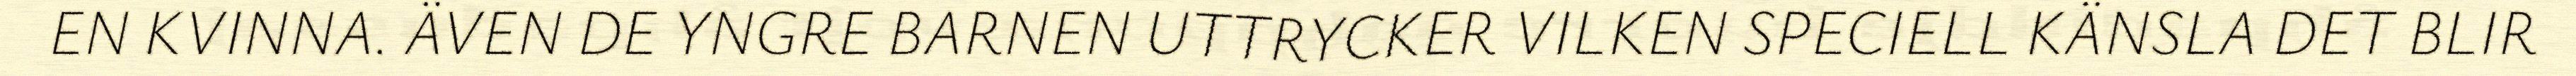
EN KVINNA. ÄVEN DE YNGRE BARNEN UTTRYCKER VILKEN SPECIELL KÄNSLA DET BLIR